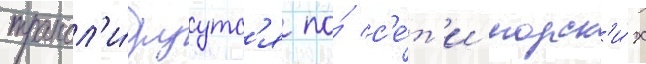
трансл'и́руутс'я по́ с'е́т'и морск'и́х